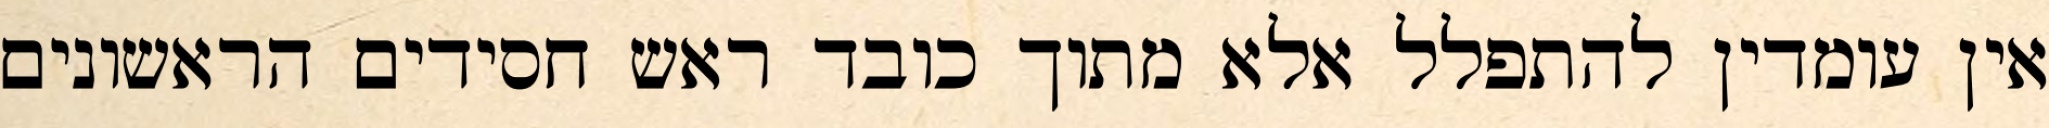
אין עומדין להתפלל אלא מתוך כובד ראש חסידים הראשונים